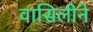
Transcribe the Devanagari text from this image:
वासिलीने